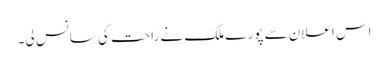
اس اعلان سے پورے ملک نے راحت کی سانس لی۔